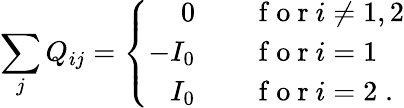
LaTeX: \sum_{j}Q_{ij}=\left\{ \begin{array}{rl}{0\quad}&{{}\mathrm{~f~o~r~}i\neq 1,2}\\ {-I_{0}\quad}&{{}\mathrm{~f~o~r~}i=1}\\ {I_{0}\quad}&{{}\mathrm{~f~o~r~}i=2\; .}\end{array}\right.